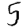
Digit: 5